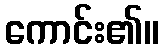
ကောင်း၏။